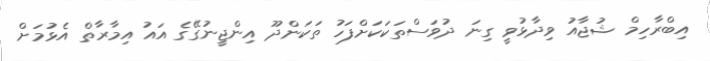
އިބްރާހިމް ޝުޖާއު ވިދާޅުވީ ގިނަ ދުވަސްތަކަކަށްފަހު ތަކަންދޫ އިންޖީނުގޭގެ އައު އިމާރާތް އެޅުމަށް